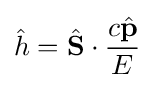
{\hat {h}}={\hat {\mathbf {S} }}\cdot {\frac {c{\hat {\mathbf {p} }}}{E}}